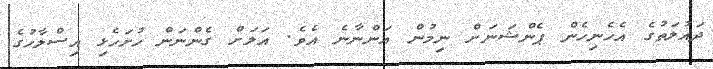
ދައުލަތުގެ އެހެނިހެން ޕެންޝަނަށް ނިމުން އަންނާނެ އެވެ. އަލަށް ގެންނަން ހުށަހެޅި އިސްލާހުގެ